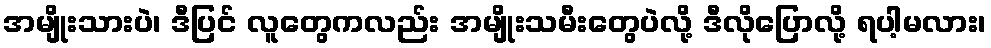
အမျိုးသားပဲ၊ ဒီပြင် လူတွေကလည်း အမျိုးသမီးတွေပဲလို့ ဒီလိုပြောလို့ ရပါ့မလား၊